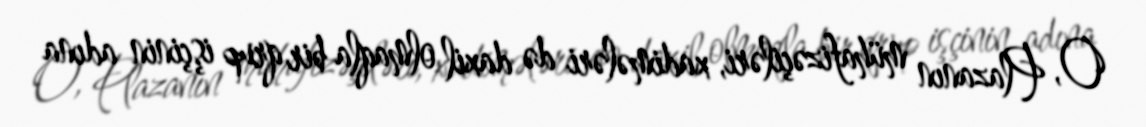
O, Plazanın mühafizəçiləri, xadimələri də daxil olmaqla bir qrup işçinin adına